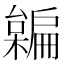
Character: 𣝜